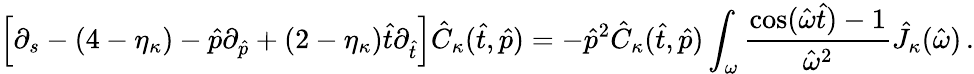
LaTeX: \Big[\partial_{s}-(4-\eta_{\kappa})-\hat{p}\partial_{\hat{p}}+(2-\eta_{\kappa}){\hat{t}\partial_{\hat{t}}}\Big]\hat{C}_{\kappa}(\hat{t},\hat{p})=-\hat{p}^{2}\hat{C}_{\kappa}(\hat{t},\hat{p})\int_{\omega}\frac{\cos(\hat{\omega}\hat{t})-1}{\hat{\omega}^{2}}\hat{J}_{\kappa}(\hat{\omega})\, .